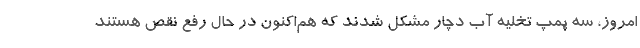
امروز، سه پمپ تخلیه آب دچار مشکل شدند که هم‌اکنون در حال رفع نقص هستند